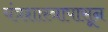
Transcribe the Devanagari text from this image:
यंत्रशास्त्रापासून